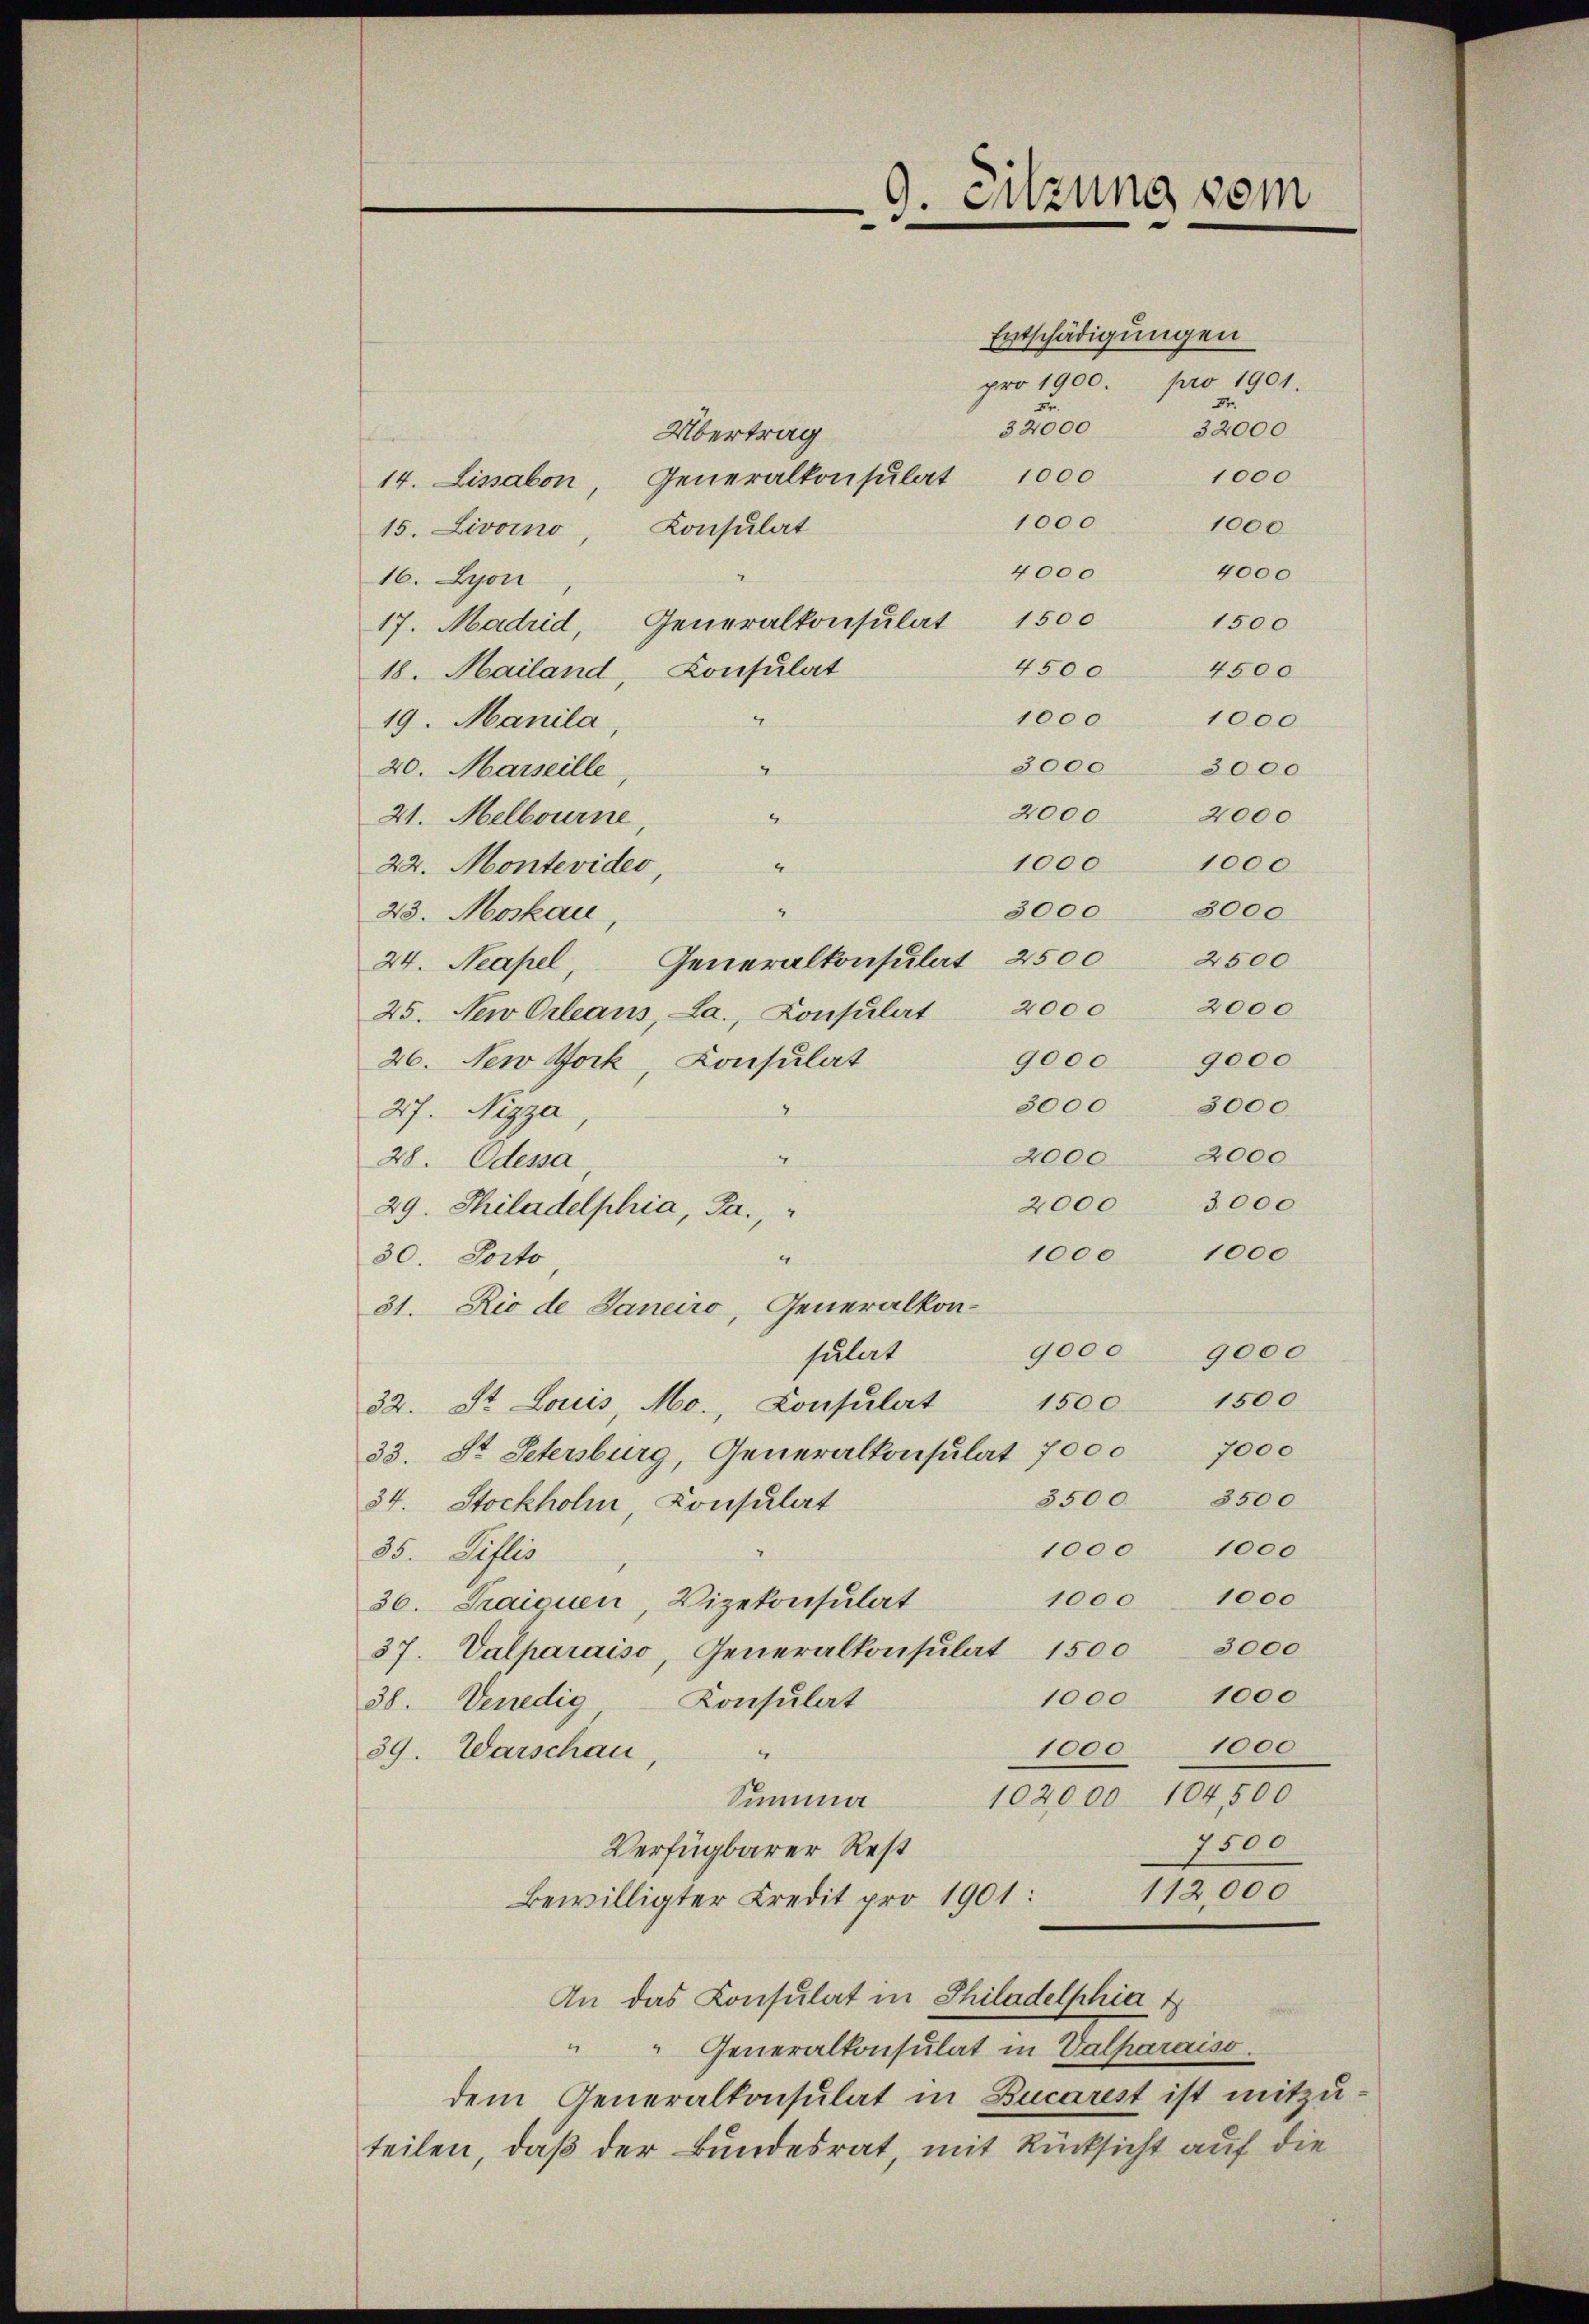
9. Sitzung vom
e

Entschädigungen
pro 1900. pro 1901.
Übertrag
1000
14. Lisabon, Generalkonsulat 1000
1000
1000.
Konsulat
15. Livorno
4000
4000
16. Lyon
17. Madrid, Generalkonsulat 1500
4500
18. Mailand, Consulat
1000
x
19. Manila
20. Marseille
2000 2000
21. Melbourne
“
A
22. Montevider,
23. Moskau,
Generalkonsulat 2500 2500
24. Neapel,
25. New Orleans, La., Konsulat 2000 2000
26. New York, Consulat
27. Nizza
28. Odessa
29. Philadelphia, Ja.,
1000
4
30. Docto
31. Rio de Janeiro, Generalkon-
9000 9000
sulat
32. St. Louis, Mo., Konsulat 1500 1500
33. St. Petersburg, Generalkonsulat 7000 7000
3500. 3500
34. Stockholm, Consulat
1000 1000
35. Siflis
1000. 1000
36. Fraiouen, Vizekonsulat
37. Valparaiso, Generalkonsulat 1500 3000
1000 1000
Konsulat
38. Venedig
1000 1000
39. Warschau
102000 104,500
Summa
7500
Verfügbarer Rest
112,000
Bewilligter Credit pro 1901:
An das Consulat in Philadelphia 1
" " Generalkonsulat in Valparaiso
dem Generalkonsulat in Bucarest ist mitzuteilen, daß der Bundesrat, mit Rücksicht auf die

7
32000 32000

1500
4500
1000
3000 3000
1000 1000
3000 3000
9000 9000
3000. 3000.
2000. 2000
2000 3000
1000